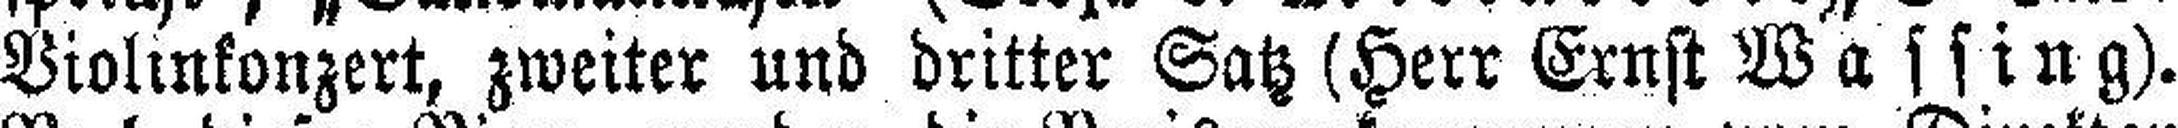
Violinkonzert, zweiter und dritter Satz (Herr Ernst Wassing).